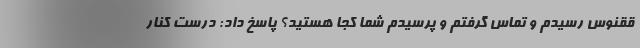
ققنوس رسیدم و تماس گرفتم و پرسیدم شما کجا هستید؟ پاسخ داد: درست کنار